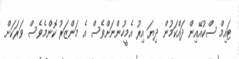
ޓައިމް ސްކުއޭއިން ދައްކަމުން ދިޔަ އިރު އެމީހުންނަށްވެސް އެ މަންޒަރު ކޮންމެވެސް ވަރަކަށް